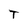
Character: T